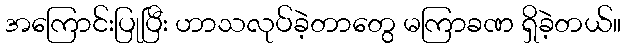
အကြောင်းပြုပြီး ဟာသလုပ်ခဲ့တာတွေ မကြာခဏ ရှိခဲ့တယ်။